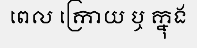
ពេល ក្រោយ ឬ ក្នុង